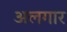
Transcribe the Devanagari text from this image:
अलगार